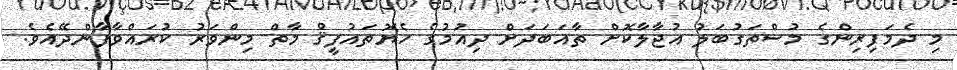
މި ދެމަފިރިންގެ މުސްތަގުބަލު އުޖާލާކޮށް ތާއަބަދަށް ދިއުމުގެ ހެޔޮތައުފީޤް މާތް މިންވަރު ކުރައްވާފާންދޭއެވެ.